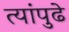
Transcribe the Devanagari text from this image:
त्यांपुढे